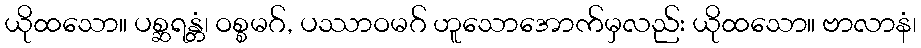
ယိုထသော။ ပစ္ဆရန္တံ၊ ဝစ္စမဂ်, ပဿာဝမဂ် ဟူသောအောက်မှလည်း ယိုထသော။ ဗာလာနံ၊